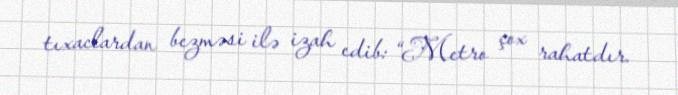
tıxaclardan bezməsi ilə izah edib: “Metro çox rahatdır.